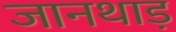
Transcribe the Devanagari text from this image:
जानथाड़